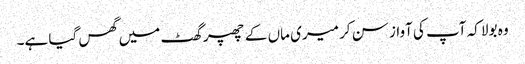
وہ بولا کہ آپ کی آواز سن کر میری ماں کے چھپر گھٹ میں گھس گیا ہے۔